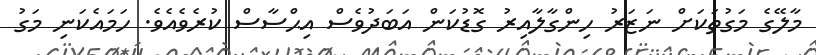
މާލޭގެ މަގުތަކަށް ނަޒަރު ހިންގާލާއިރު ގޮޑުކަން އަބަދުވެސް އިޙްސާސް ކުރެވެއެވެ. ހަމައެކަނި މަގު